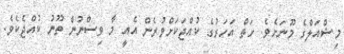
މިޝްއަލްގެ މޫނަށެވެ. ހަތް އަހަރުގެ ކުއްޖަކަށްވުރެން އެއީ މާ ވިސްނުން ތޫނު ކުއްޖެކެވެ.